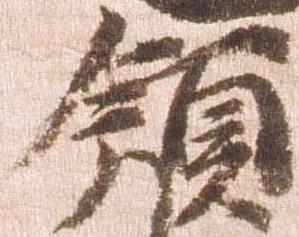
領